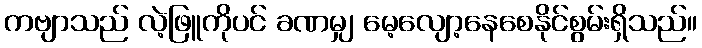
ကဗျာသည် လဲ့ဖြူကိုပင် ခဏမျှ မေ့လျော့နေစေနိုင်စွမ်းရှိသည်။